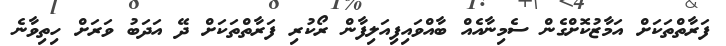
ފަރާތްތަކަށް އަމާޒުކޮށްގެން ސެމިނާއެއް ބާއްވައިފިއަލިފާން ރޯކުރި ފަރާތްތަކަށް ދޭ އަދަބު ވަރަށް ހިތިވާނެ